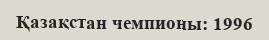
Қазақстан чемпионы: 1996